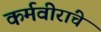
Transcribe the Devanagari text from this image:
कर्मवीरांचे